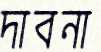
দাবনা